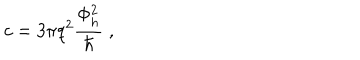
c = 3 \pi q ^ { 2 } \frac { \Phi _ { h } ^ { 2 } } { \hbar } \; ,